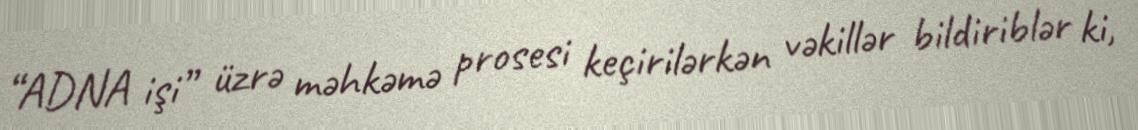
“ADNA işi” üzrə məhkəmə prosesi keçirilərkən vəkillər bildiriblər ki,